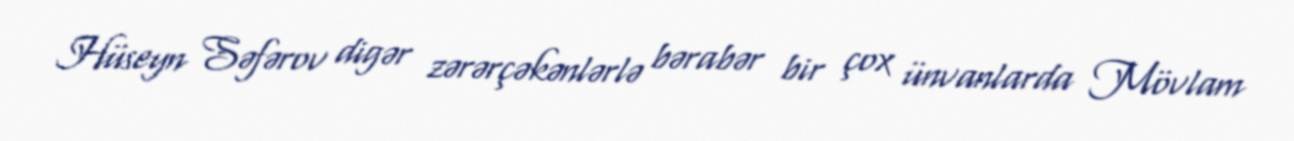
Hüseyn Səfərov digər zərərçəkənlərlə bərabər bir çox ünvanlarda Mövlam